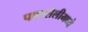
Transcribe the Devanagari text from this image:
पाकशैलीमध्ये